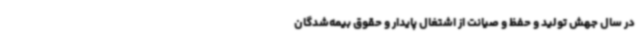
در سال جهش تولید و حفظ و صیانت از اشتغال پایدار و حقوق بیمه‌شدگان